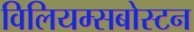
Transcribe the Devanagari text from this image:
विलियम्सबोस्टन